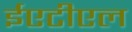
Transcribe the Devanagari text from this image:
ईएटीएल